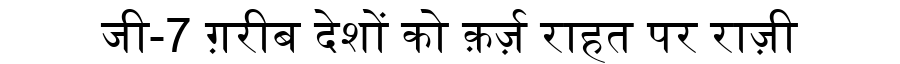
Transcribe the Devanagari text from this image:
जी-7 ग़रीब देशों को क़र्ज़ राहत पर राज़ी